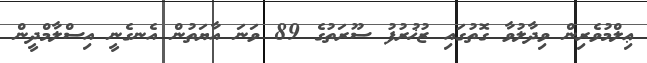
ޢިލްމުވެރިން ވިދާލުވާ ގޮތުގައި ޒުޚުރުފު ސޫރަތުގެ 89 ވަނަ އާޔަތުން އެނގެނީ އިސްލާމްދީން